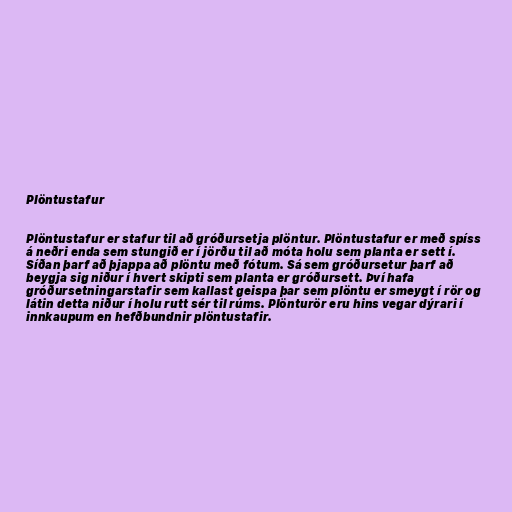
Plöntustafur

Plöntustafur er stafur til að gróðursetja plöntur. Plöntustafur er með spíss
á neðri enda sem stungið er í jörðu til að móta holu sem planta er sett í.
Síðan þarf að þjappa að plöntu með fótum. Sá sem gróðursetur þarf að
beygja sig niður í hvert skipti sem planta er gróðursett. Því hafa
gróðursetningarstafir sem kallast geispa þar sem plöntu er smeygt í rör og
látin detta niður í holu rutt sér til rúms. Plönturör eru hins vegar dýrari í
innkaupum en hefðbundnir plöntustafir.